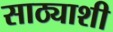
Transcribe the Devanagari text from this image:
साठ्याशी